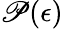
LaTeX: \mathscr{P}(\epsilon)